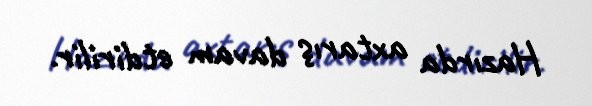
Hazırda axtarış davam etdirilir.